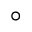
^ \circ